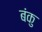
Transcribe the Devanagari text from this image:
बंकु